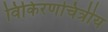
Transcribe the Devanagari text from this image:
विकिरणचित्रीय